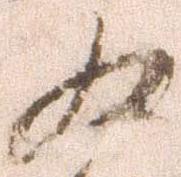
為